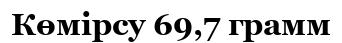
Көмірсу 69,7 грамм